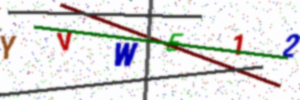
Text: YVWE12